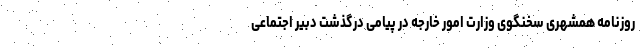
روزنامه همشهری سخنگوی وزارت امور خارجه در پیامی درگذشت دبیر اجتماعی